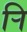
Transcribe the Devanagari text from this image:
र्‍ाि